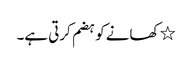
٭ کھانے کو ہضم کرتی ہے۔